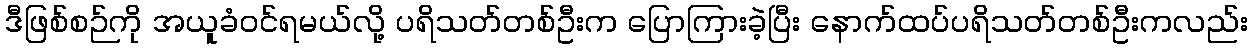
ဒီဖြစ်စဉ်ကို အယူခံဝင်ရမယ်လို့ ပရိသတ်တစ်ဦးက ပြောကြားခဲ့ပြီး နောက်ထပ်ပရိသတ်တစ်ဦးကလည်း